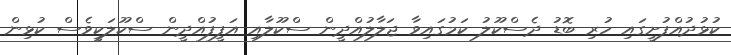
ކުޅުދުއްފުށީގައި ހުރި ބޮޑު ދެސްކޫލު ކަމުގައިވާ ޖަލާލުއްދީން ސްކޫލާއި އަފީފުއްދީން ސްކޫލަކީވެސް ކުޅިން